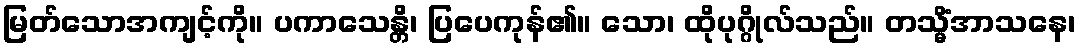
မြတ်သောအကျင့်ကို။ ပကာသေန္တိ၊ ပြပေကုန်၏။ သော၊ ထိုပုဂ္ဂိုလ်သည်။ တသ္မိံအာသနေ၊